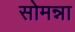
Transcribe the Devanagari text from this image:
सोमन्ना